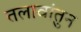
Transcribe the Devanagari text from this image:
तलावांतुन